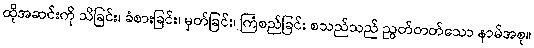
ထိုအဆင်းကို သိခြင်း၊ ခံစားခြင်း၊ မှတ်ခြင်း၊ ကြံစည်ခြင်း စသည်သည် ညွတ်တတ်သော နာမ်အစု။